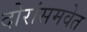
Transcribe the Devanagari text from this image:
दोरांसमवेत